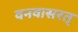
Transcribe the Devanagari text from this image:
वनवासरत्